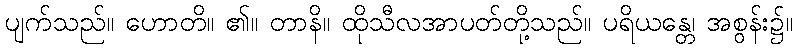
ပျက်သည်။ ဟောတိ။ ၏။ တာနိ။ ထိုသီလအာပတ်တို့သည်။ ပရိယန္တေ၊ အစွန်း၌။